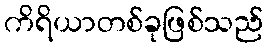
ကိရိယာတစ်ခုဖြစ်သည်